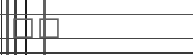
٦٦